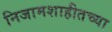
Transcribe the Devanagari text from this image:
निजामशाहीतच्या